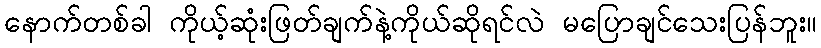
နောက်တစ်ခါ ကိုယ့်ဆုံးဖြတ်ချက်နဲ့ကိုယ်ဆိုရင်လဲ မပြောချင်သေးပြန်ဘူး။